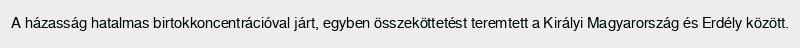
A házasság hatalmas birtokkoncentrációval járt, egyben összeköttetést teremtett a Királyi Magyarország és Erdély között.